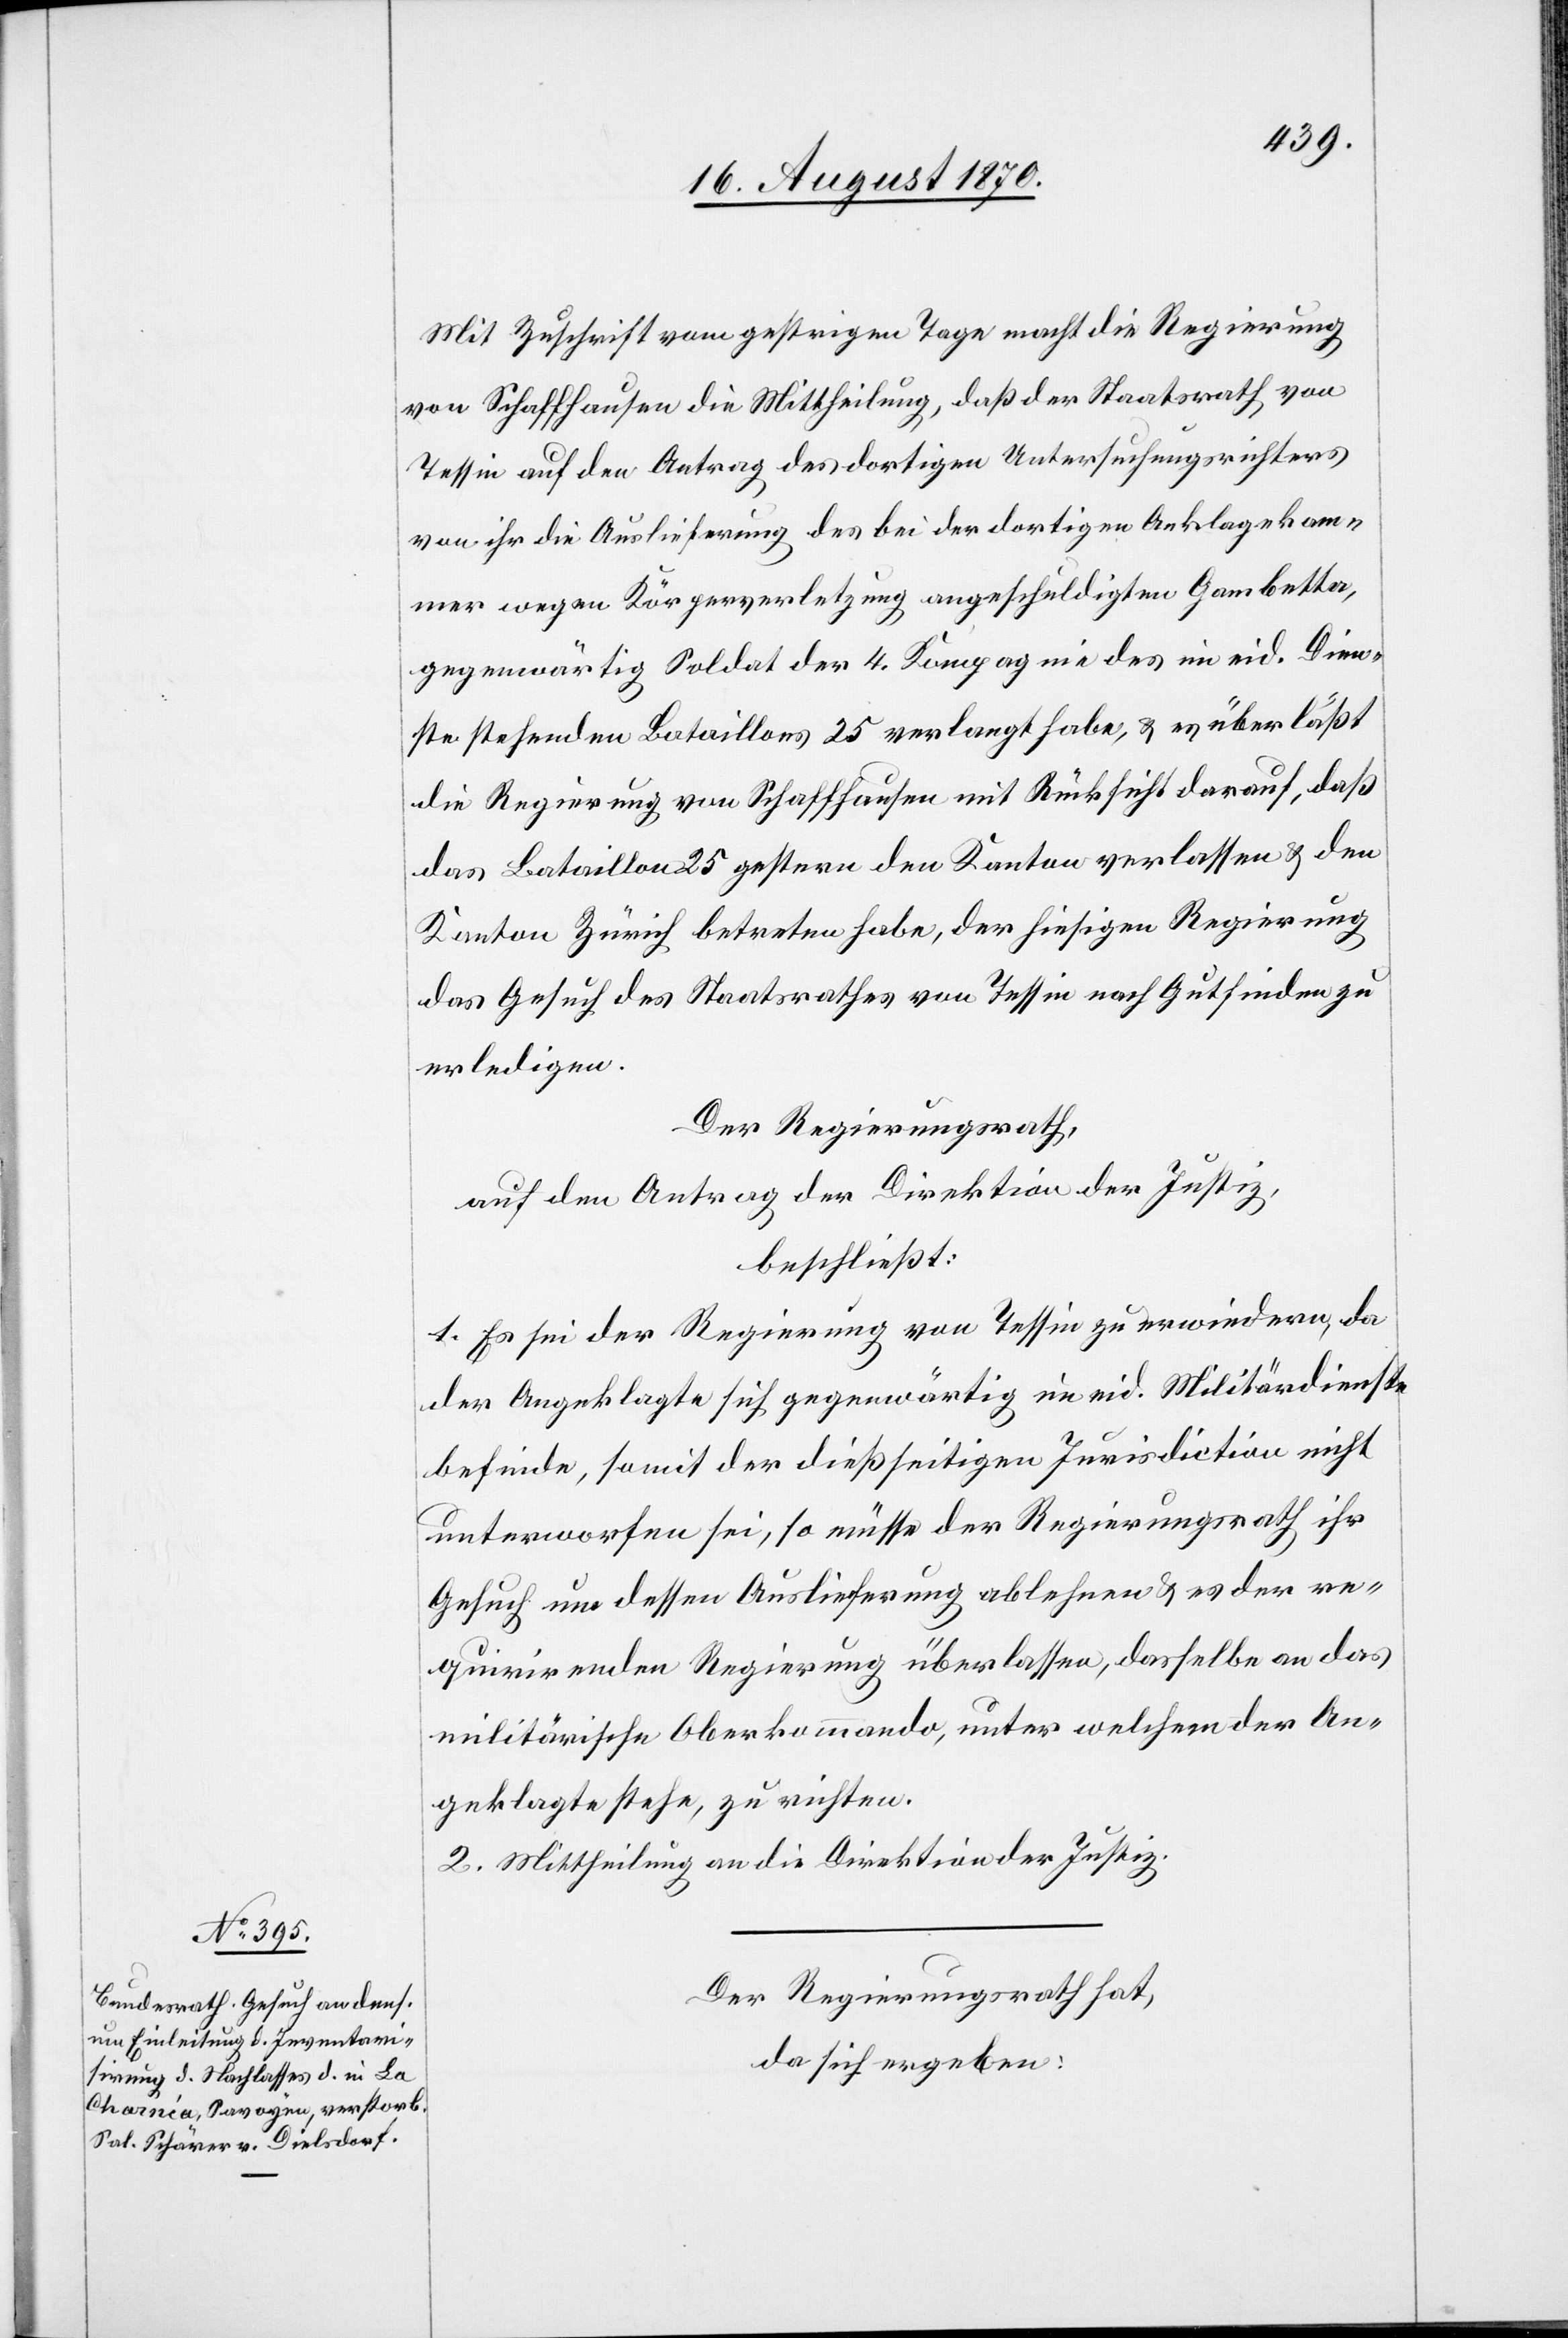
Mit Zuschrift vom gestrigen Tage macht die Regierung
von Schaffhausen die Mittheilung, daß der Staatsrath von
Tessin auf den Antrag des dortigen Untersuchungsrichters
von ihr die Auslieferung des bei der dortigen Anklagekam¬
mer wegen Körperverletzung angeschuldigten Gambetta,
gegenwärtig Soldat der 4. Kompagnie des im eid. Dien¬
ste stehenden Bataillons 25[,] verlangt habe, & es überläßt
die Regierung von Schaffhausen mit Rücksicht darauf, daß
das Bataillon 25 gestern den Kanton verlassen & den
Kanton Zürich betreten habe, der hiesigen Regierung
das Gesuch des Staatsrathes von Tessin nach Gutfinden zu
erledigen.
Der Regierungsrath,
auf den Antrag der Direktion der Justiz,
beschließt:
1. Es sei der Regierung von Tessin zu erwiedern, da
der Angeklagte sich gegenwärtig im eid. Militärdienste
befinde, somit der dießseitigen Jurisdiction nicht
unterworfen sei, so müsse der Regierungsrath ihr
Gesuch um dessen Auslieferung ablehnen & es der re¬
quirirenden Regierung überlassen, dasselbe an das
militärische Oberkommando, unter welchem der An¬
geklagte stehe, zu richten.
2. Mittheilung an die Direktion der Justiz.
Der Regierungsrath hat
da sich ergeben: